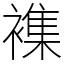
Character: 襍